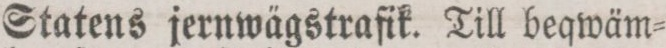
Statens jernwägstrafik. Till beqwäm=